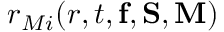
r _ { M i } ( r , t , { \bf f } , { \bf S } , { \bf M } )